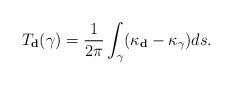
LaTeX: \begin{align*}T_{\textbf{d}}(\gamma)=\frac{1}{2 \pi} \int_{\gamma} (\kappa_{\textbf{d}} - \kappa_{\gamma}) ds .\end{align*}